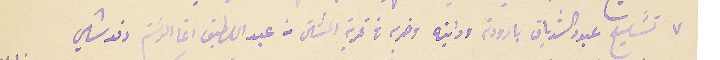
٧ تشليح عبود الشدياق بارودة ودابته وضربه في قرية المشتى من عبد اللطيف اغا الرسَتم دندشلي